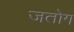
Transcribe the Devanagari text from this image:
जतोग